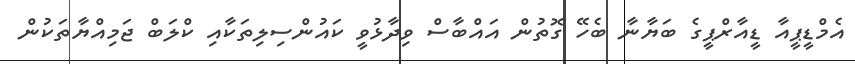
އެމްޑީޕީއާ ޑީއާރްޕީގެ ބަޔާނާ ބެހޭ ގޮތުން އައްބާސް ވިދާޅުވީ ކައުންސިލިތަކާއި ކްލަބް ޖަމިއްޔާތަކުން